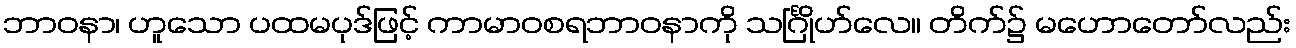
ဘာဝနာ၊ ဟူသော ပထမပုဒ်ဖြင့် ကာမာဝစရဘာဝနာကို သင်္ဂြိုဟ်လေ။ တိက်၌ မဟောတော်လည်း